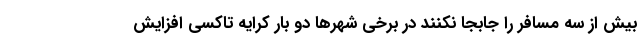
بیش از سه مسافر را جابجا نکنند در برخی شهرها دو بار کرایه تاکسی افزایش